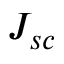
J _ { s c }